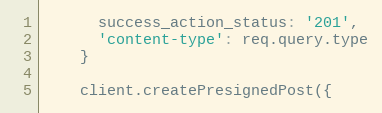
Language: JavaScript
      success_action_status: '201',
      'content-type': req.query.type
    }

    client.createPresignedPost({